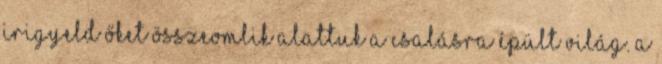
irigyeld őket Összeomlik alattuk a csalásra épült világ. A